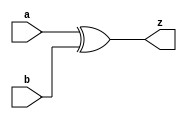

module xors(a,b,z);
input [32:1] a,b;
output [32:1] z;

wire [32:1] a,b;

assign z[32:1] = a ^ b;

endmodule